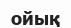
ойық